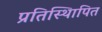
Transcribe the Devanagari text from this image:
प्रतिस्थिापित